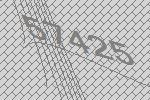
57425